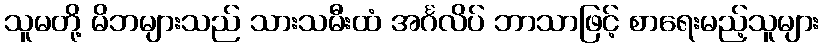
သူမတို့ မိဘများသည် သားသမီးထံ အင်္ဂလိပ် ဘာသာဖြင့် စာရေးမည့်သူများ